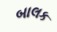
બાલક